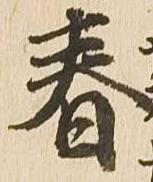
春